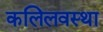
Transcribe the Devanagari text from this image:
कलिलवस्था